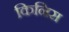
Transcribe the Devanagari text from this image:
किनिस